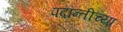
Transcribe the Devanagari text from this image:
पदान्तीच्या